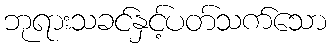
ဘုရားသခင်နှင့်ပတ်သက်သော